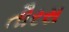
તૌરસ